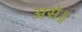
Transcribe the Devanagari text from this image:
असे॥